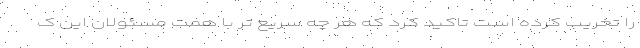
را تخریب کرده است تاکید کرد که هر چه سریع تر با همت مسئولان این ک